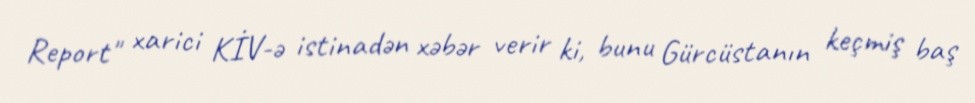
Report" xarici KİV-ə istinadən xəbər verir ki, bunu Gürcüstanın keçmiş baş